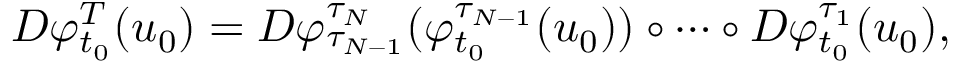
D \varphi _ { t _ { 0 } } ^ { T } ( u _ { 0 } ) = D \varphi _ { \tau _ { N - 1 } } ^ { \tau _ { N } } ( \varphi _ { t _ { 0 } } ^ { \tau _ { N - 1 } } ( u _ { 0 } ) ) \circ \cdots \circ D \varphi _ { t _ { 0 } } ^ { \tau _ { 1 } } ( u _ { 0 } ) ,